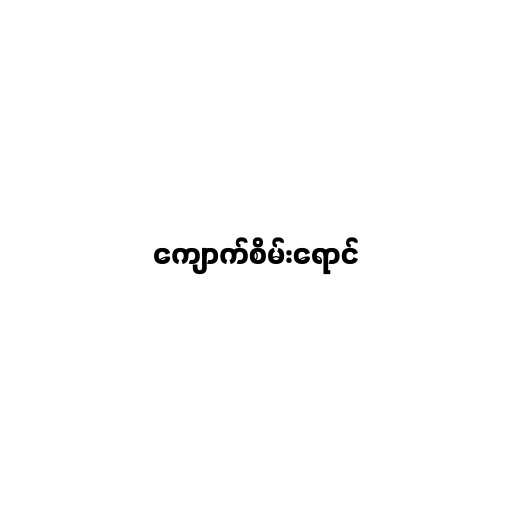
ကျောက်စိမ်းရောင်